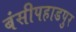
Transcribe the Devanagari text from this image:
बंसीपहाडपुर